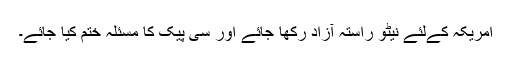
امریکہ کےلئے نیٹو راستہ آزاد رکھا جائے اور سی پیک کا مسئلہ ختم کیا جائے۔